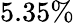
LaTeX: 5.35\%